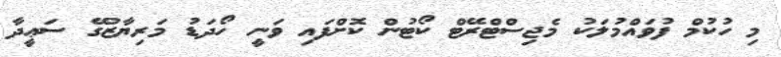
މި ހުކުމް ފުވައްމުލަކު މެޖިސްޓްރޭޓް ކޯޓުން ކޮށްފައި ވަނީ ހޯދަޑު މަރިޔާޒުގޭ ސަޢީދާ